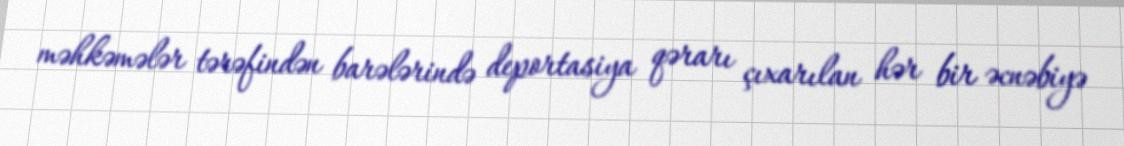
məhkəmələr tərəfindən barələrində deportasiya qərarı çıxarılan hər bir əcnəbiyə